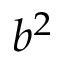
b ^ { 2 }